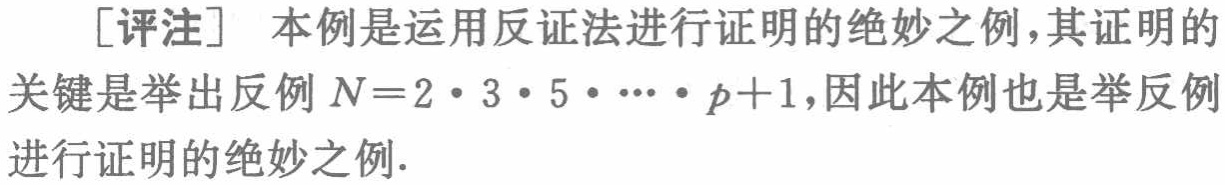
[评注] 本例是运用反证法进行证明的绝妙之例，其证明的关键是举出反例 \(N = 2\cdot3\cdot5\cdot\cdots\cdot p + 1\)，因此本例也是举反例进行证明的绝妙之例.